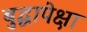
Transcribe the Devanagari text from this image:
बुद्धापेक्षा